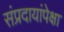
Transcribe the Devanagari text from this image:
संप्रदायांपेक्षा